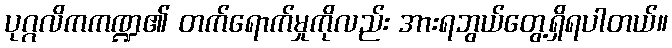
ပုဂ္ဂလိကကဏ္ဍ၏ တက်ရောက်မှုကိုလည်း အားရဘွယ်တွေ့ရှိရပါတယ်။